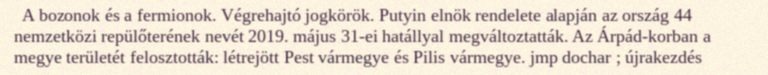
A bozonok és a fermionok. Végrehajtó jogkörök. Putyin elnök rendelete alapján az ország 44 nemzetközi repülőterének nevét 2019. május 31-ei hatállyal megváltoztatták. Az Árpád-korban a megye területét felosztották: létrejött Pest vármegye és Pilis vármegye. jmp dochar ; újrakezdés